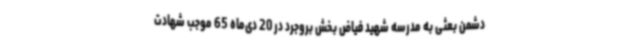
دشمن بعثی به مدرسه شهید فیاض بخش بروجرد در 20 دی‌ماه 65 موجب شهادت